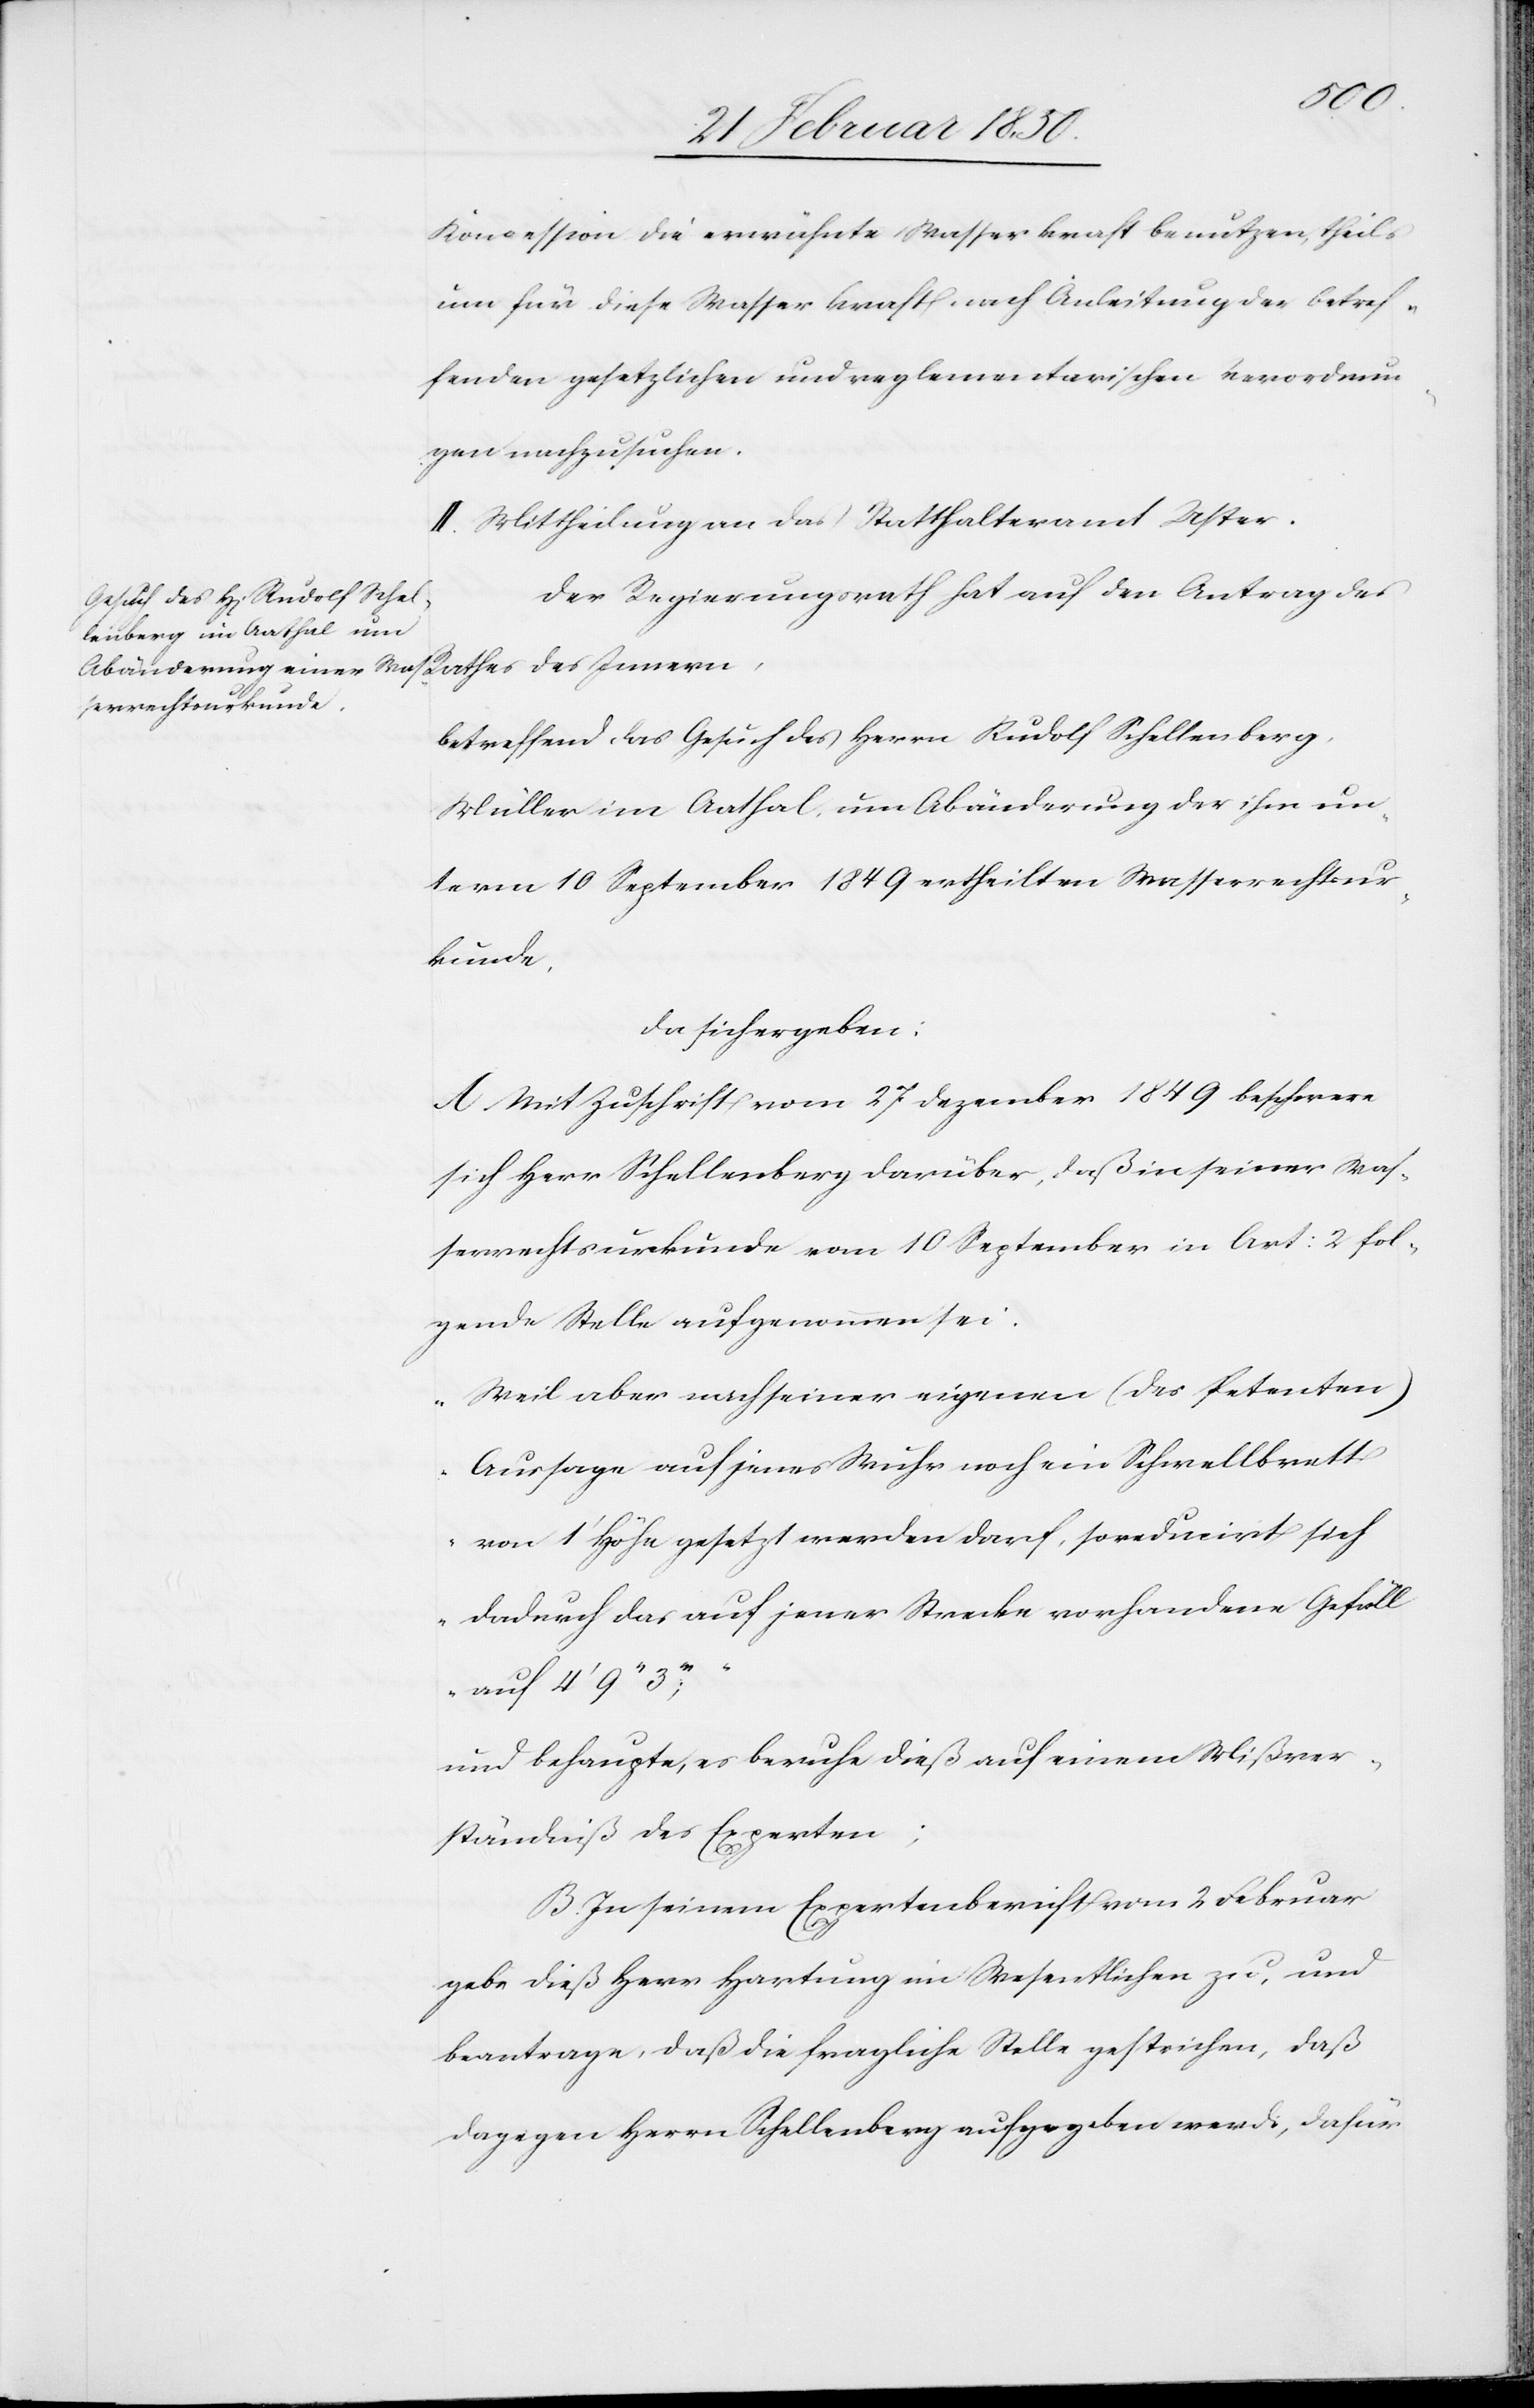
3ʼʼʼ;“
Koncession die erwähnte Wasserkraft benutzen, theils
um für diese Wasserkraft nach Anleitung der betref¬
fenden gesetzlichen und reglementarischen Verordnun¬
gen nachzusuchen.
II. Mittheilung an das Statthalteramt Uster.
Der Regierungsrath hat auf den Antrag des
betreffend das Gesuch des Herrn Rudolf Schellenberg,
Müller im Aathal, um Abänderung der ihm un¬
term 10 September 1849 ertheilten Wasserrechtsur¬
kunde,
da sich ergeben:
A Mit Zuschrift vom 27 Dezember 1849 beschwere
sich Herr Schellenberg darüber, daß in seiner Was¬
serrechtsurkunde vom 10 September in Art: 2 fol¬
gende Stelle aufgenommen sei.
„Weil aber nach seiner eigenen (des Petenten)
Aussage auf jenes Wuhr noch ein Schwellbrett
von 1ʼ Höhe gesetzt werden darf, so reducirt sich
dadurch das auf jener Strecke vorhandene Gefäll
auf 4ʼ 9ʼʼ
und behaupte, es beruhe dieß auf einem Mißver¬
ständniß des Experten;
B. In seinem Expertenbericht vom 2 Februar
gebe dieß Herr Hartung im Wesentlichen zu, und
beantrage, daß die fragliche Stelle gestrichen, daß
dagegen Herrn Schellenberg aufgegeben werde, dafür